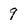
Character: 9